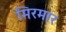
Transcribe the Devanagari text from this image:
मिरमार